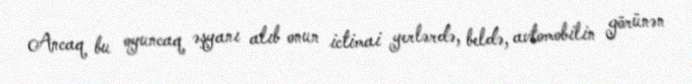
Ancaq bu oyuncaq əşyanı alıb onun ictimai yerlərdə, beldə, avtomobilin görünən